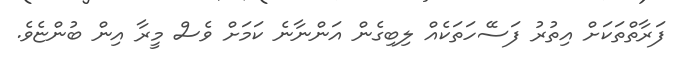
ފަރާތްތަކަށް އިތުރު ފަސޭހަތަކެއް ލިބިގެން އަންނާނެ ކަމަށް ވެސް މީރާ އިން ބުންޏެވެ.